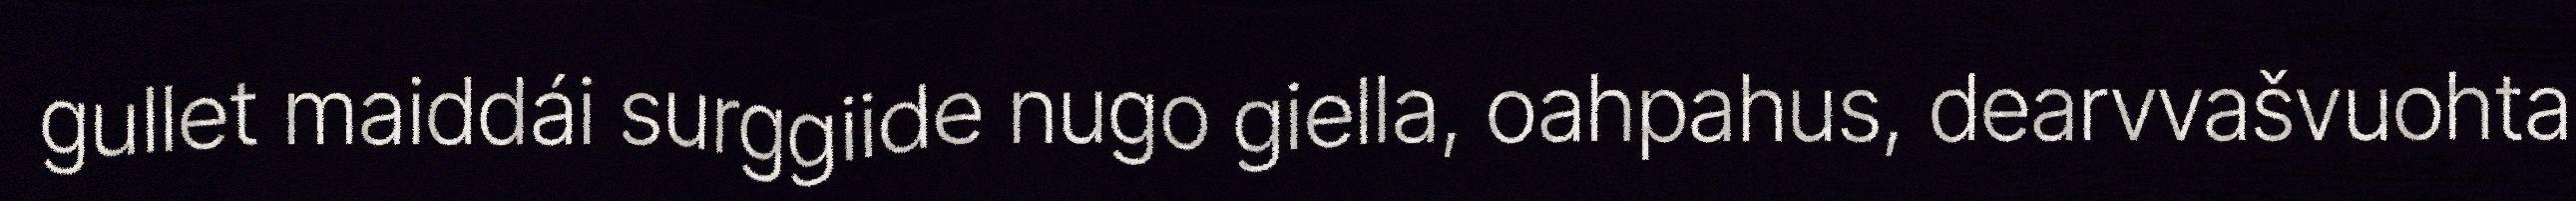
gullet maiddái surggiide nugo giella, oahpahus, dearvvašvuohta